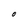
Character: O